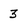
Character: 3